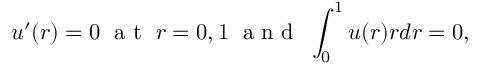
u ^ { \prime } ( r ) = 0 \; \mathrm { ~ a ~ t ~ } \; r = 0 , 1 \; \mathrm { ~ a ~ n ~ d ~ } \; \int _ { 0 } ^ { 1 } u ( r ) r d r = 0 ,